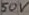
Text: 50V